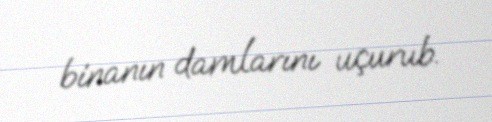
binanın damlarını uçurub.